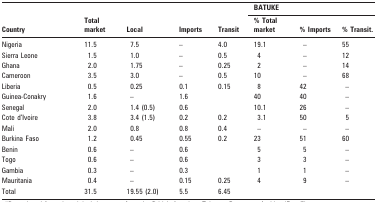
<table><thead><tr><td rowspan="2"><b>Country</b></td><td rowspan="2"><b>Total market</b></td><td rowspan="2"><b>Local</b></td><td rowspan="2"><b>Imports</b></td><td rowspan="2"><b>Transit</b></td><td colspan="3"><b>BATUKE</b></td></tr><tr><td><b>% Total market</b></td><td><b>% Imports</b></td><td><b>% Transit.</b></td></tr></thead><tbody><tr><td>Nigeria</td><td>11.5</td><td>7.5</td><td>–</td><td>4.0</td><td>19.1</td><td>–</td><td>55</td></tr><tr><td>Sierra Leone</td><td>1.5</td><td>1.0</td><td>–</td><td>0.5</td><td>4</td><td>–</td><td>12</td></tr><tr><td>Ghana</td><td>2.0</td><td>1.75</td><td>–</td><td>0.25</td><td>2</td><td>–</td><td>14</td></tr><tr><td>Cameroon</td><td>3.5</td><td>3.0</td><td>–</td><td>0.5</td><td>10</td><td>–</td><td>68</td></tr><tr><td>Liberia</td><td>0.5</td><td>0.25</td><td>0.1</td><td>0.15</td><td>8</td><td>42</td><td>–</td></tr><tr><td>Guinea-Conakry</td><td>1.6</td><td>–</td><td>1.6</td><td></td><td>40</td><td>40</td><td>–</td></tr><tr><td>Senegal</td><td>2.0</td><td>1.4 (0.5)</td><td>0.6</td><td></td><td>10.1</td><td>26</td><td>–</td></tr><tr><td>Cote d’Ivoire</td><td>3.8</td><td>3.4 (1.5)</td><td>0.2</td><td>0.2</td><td>3.1</td><td>50</td><td>5</td></tr><tr><td>Mali</td><td>2.0</td><td>0.8</td><td>0.8</td><td>0.4</td><td>–</td><td>–</td><td>–</td></tr><tr><td>Burkina Faso</td><td>1.2</td><td>0.45</td><td>0.55</td><td>0.2</td><td>23</td><td>51</td><td>60</td></tr><tr><td>Benin</td><td>0.6</td><td>–</td><td>0.6</td><td></td><td>5</td><td>5</td><td>–</td></tr><tr><td>Togo</td><td>0.6</td><td>–</td><td>0.6</td><td></td><td>3</td><td>3</td><td>–</td></tr><tr><td>Gambia</td><td>0.3</td><td>–</td><td>0.3</td><td></td><td>1</td><td>1</td><td>–</td></tr><tr><td>Mauritania</td><td>0.4</td><td>–</td><td>0.15</td><td>0.25</td><td>4</td><td>9</td><td>–</td></tr><tr><td>Total</td><td>31.5</td><td>19.55 (2.0)</td><td>5.5</td><td>6.45</td><td></td><td></td><td></td></tr></tbody></table>